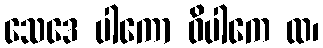
သေဒေ ပါကော ဝိပါကေ ထ၊